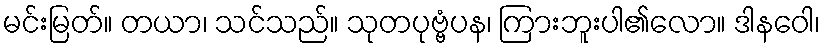
မင်းမြတ်။ တယာ၊ သင်သည်။ သုတပုဗ္ဗံပန၊ ကြားဘူးပါ၏လော။ ဒါနဝေါ၊